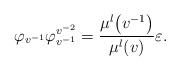
LaTeX: \begin{align*}\varphi_{v^{-1}}\varphi_{v^{-1}}^{v^{-2}} = \frac{\mu^l\big(v^{-1}\big)}{\mu^l(v)}\varepsilon.\end{align*}